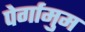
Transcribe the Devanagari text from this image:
पेर्गामुम